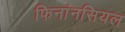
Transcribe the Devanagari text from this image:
फिनांनसियल